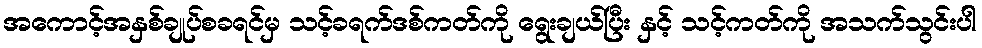
အကောင့်အနှစ်ချုပ်စခရင်မှ သင့်ခရက်ဒစ်ကတ်ကို ရွေးချယ်ပြီး နှင့် သင့်ကတ်ကို အသက်သွင်းပါ